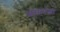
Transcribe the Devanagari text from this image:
असातज़ा